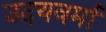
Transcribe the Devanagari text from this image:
उदयवर्मा